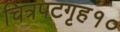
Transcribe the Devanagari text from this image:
चित्रपटगृह१०